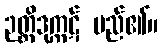
ဉတ္တိဒုက္ကဋ် မည်၏။